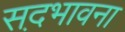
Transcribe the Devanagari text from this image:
सद़भावना